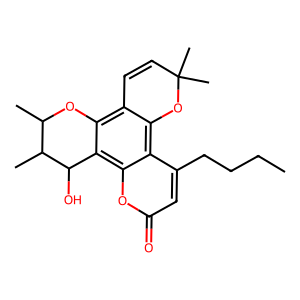
SMILES: CCCCc1cc(=O)oc2c3c(c4c(c12)OC(C)(C)C=C4)OC(C)C(C)C3O
Inhibits HIV replication: No